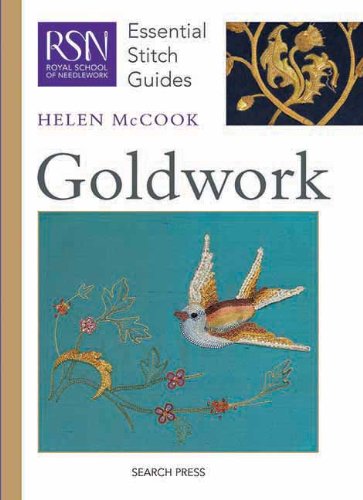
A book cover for Goldwork (Essential Stitch Guides); Helen McCook; Crafts, Hobbies & Home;